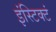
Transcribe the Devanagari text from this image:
इंस्टिक्टं